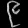
Digit: ၉